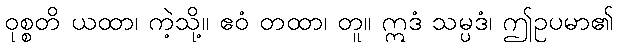
ဝုစ္စတိ ယထာ၊ ကဲ့သို့။ ဧဝံ တထာ၊ တူ။ ဣဒံ သမ္ပဒံ၊ ဤဥပမာ၏